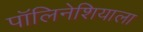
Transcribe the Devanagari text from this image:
पॉलिनेशियाला